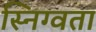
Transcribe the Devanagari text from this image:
स्निग्वता